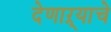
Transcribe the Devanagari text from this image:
देणाऱ्याचे